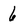
Character: 6